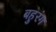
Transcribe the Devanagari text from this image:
बहुरंग